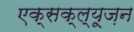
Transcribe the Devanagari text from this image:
एक्सक्ल्यूज़न